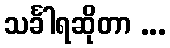
သင်္ခါရဆိုတာ ...